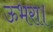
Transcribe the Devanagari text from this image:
ऊभरा।